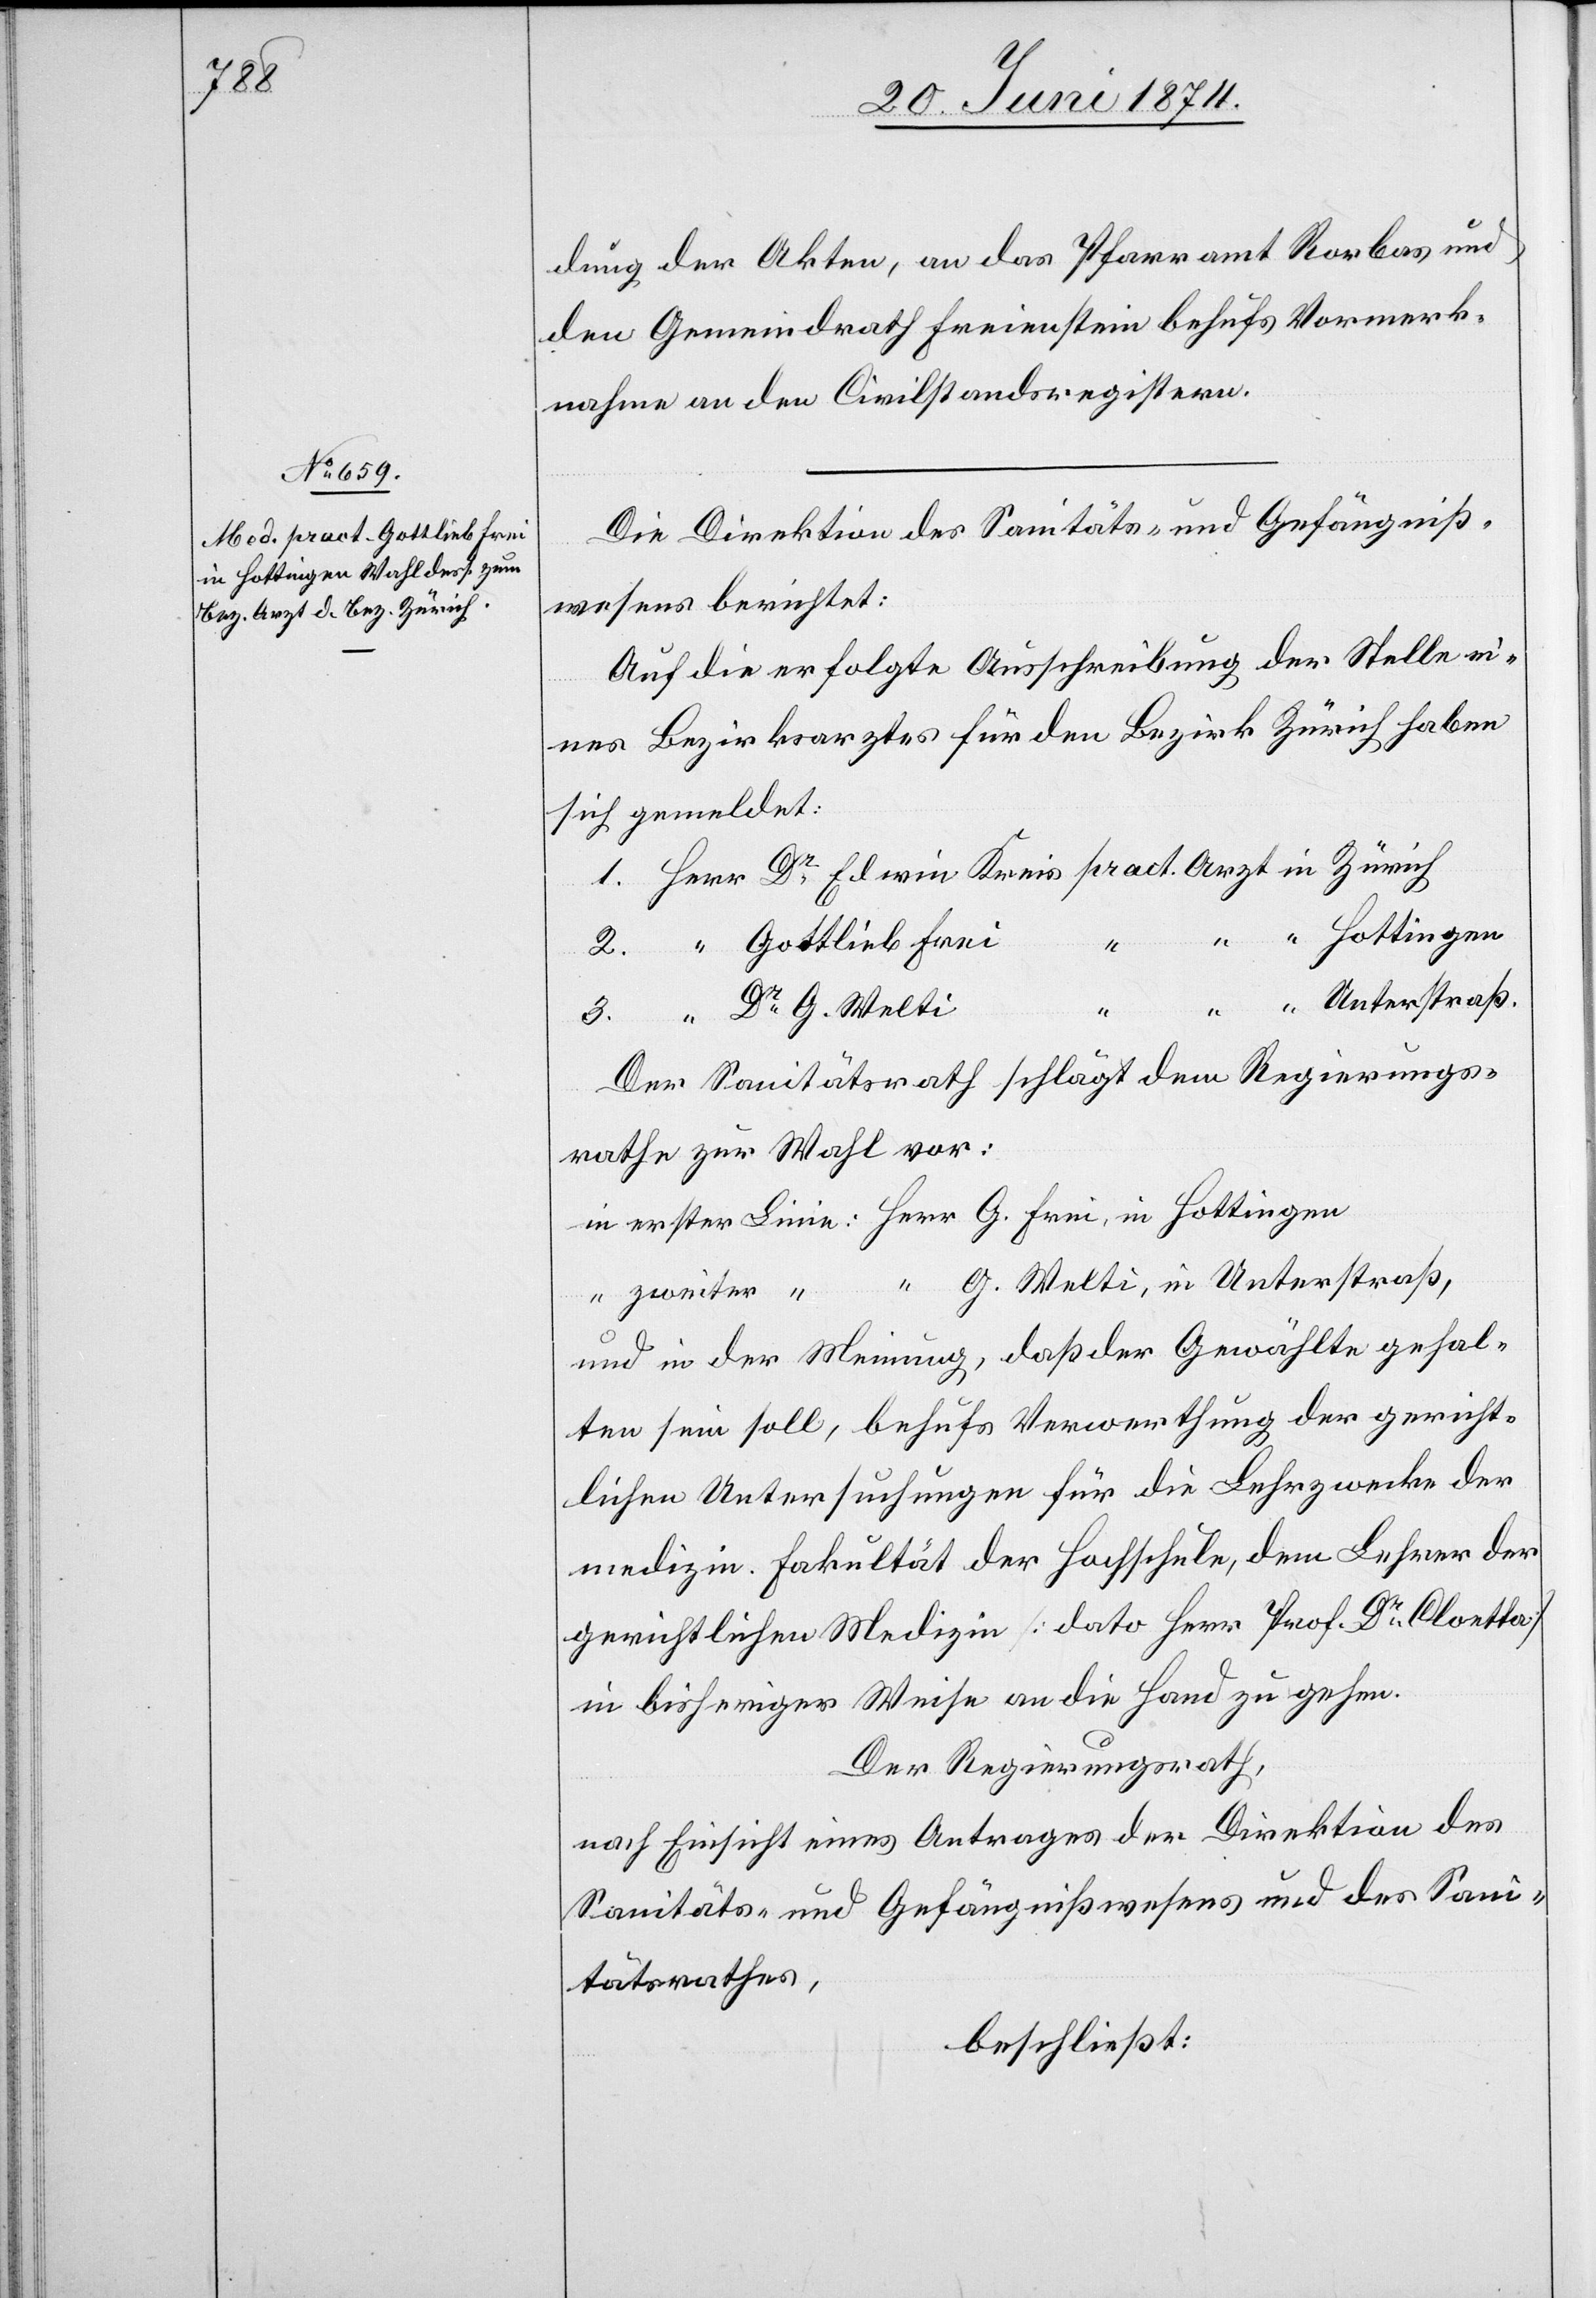
dung der Akten, an das Pfarramt Rorbas und
den Gemeindrath Freienstein behufs Vormerk¬
nahme an den Civilstandsregistern.
Die Direktion des Sanitäts- und Gefängniß¬
wesens berichtet:
Auf die erfolgte Ausschreibung der Stelle ei¬
nes Bezirksarztes für den Bezirk Zürich haben
sich gemeldet:
Dr G. Welti
in
Der Sanitätsrath schlägt dem Regierungs¬
rathe zur Wahl vor:
G. Welti, in Unterstraß,
und in der Meinung, daß der Gewählte gehal¬
ten sein soll, behufs Verwerthung der gericht¬
lichen Untersuchungen für die Lehrzwecke der
medizin. Fakultät der Hochschule, dem Lehrer der
gerichtlichen Medizin [dato Herr Prof. Dr Cloetta]
in bisheriger Weise an die Hand zu gehen.
Der Regierungsrath,
nach Einsicht eines Antrages der Direktion des
Sanitäts- und Gefängnißwesens und des Sani¬
tätsrathes,
beschließt: